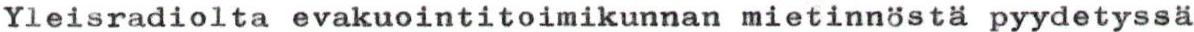
Yleisradiolta evakuointitoimikunnan mietinnöstä pyydetyssä